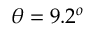
\theta = 9 . 2 ^ { o }